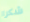
شكرا